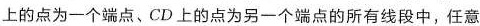
上的点为一个端点、CD上的点为另一个端点的所有线段中，任意